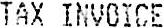
TAX INVOICE